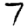
Digit: 7